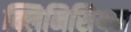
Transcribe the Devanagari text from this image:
क्लिनिसियन